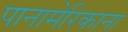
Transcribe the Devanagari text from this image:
पानामेरिकाना